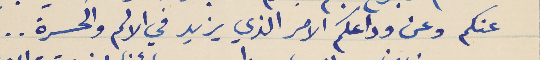
عنكم وعن وداعكم الامر الذي يزيد في الالم والحسرة . .